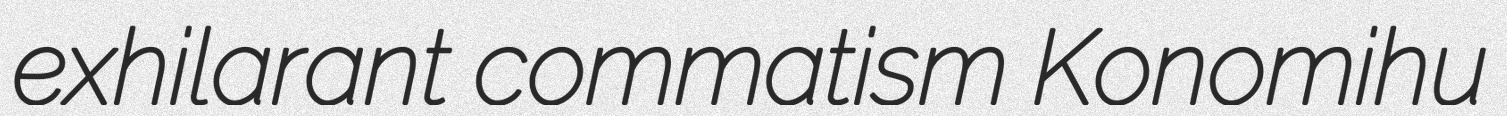
exhilarant commatism Konomihu